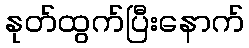
နုတ်ထွက်ပြီးနောက်